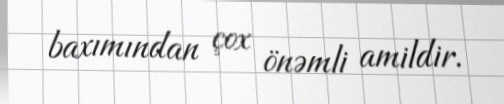
baxımından çox önəmli amildir.